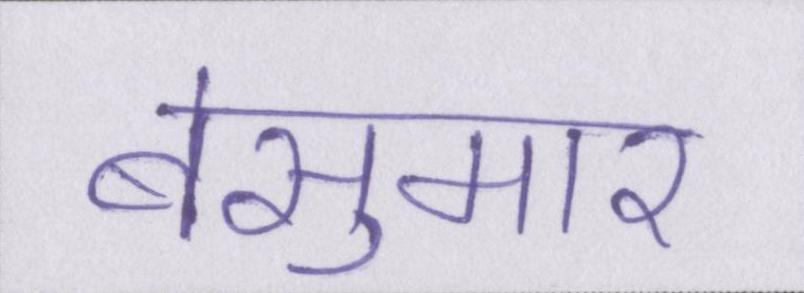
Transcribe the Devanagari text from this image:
बेसुमार